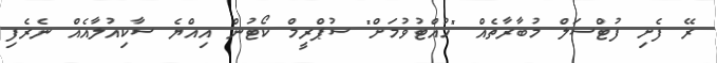
ރޭ ފެށި ފުޓްސަލް މުބާރާތެއް "ހުއްޓުވުމަށް" ސުޕްރީމް ކޯޓުން އިއްޔެ ސާކިއުލާއެއް ނެރެފި